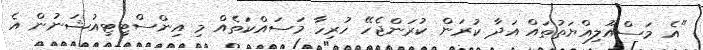
"އެ މަސްއޫލިއްޔަތުތައް އަދާ ކުރަން ކުރަންޖެހޭ ހުރިހާ މަސައްކަތެއް މި އިންސްޓިޓިއުޝަނުން އެ